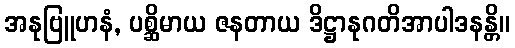
အနုဗြူဟနံ, ပစ္ဆိမာယ ဇနတာယ ဒိဋ္ဌာနုဂတိအာပါဒနန္တိ။